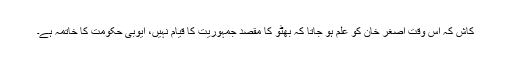
کاش کہ اس وقت اصغر خان کو علم ہو جاتا کہ بھٹو کا مقصد جمہوریت کا قیام نہیں، ایوبی حکومت کا خاتمہ ہے۔